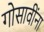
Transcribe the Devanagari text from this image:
गोसावींना